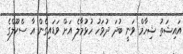
އައިޝަތު ޝިހާމް ވަނީ ބުދަ ދުވަހު ހުޅުމާލެ އަށް ވަޑައިގެން އާ ސްކޫލްގެ